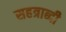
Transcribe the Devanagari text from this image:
सहत्राब्दी